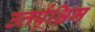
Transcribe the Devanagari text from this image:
उत्तर्पश्चिम